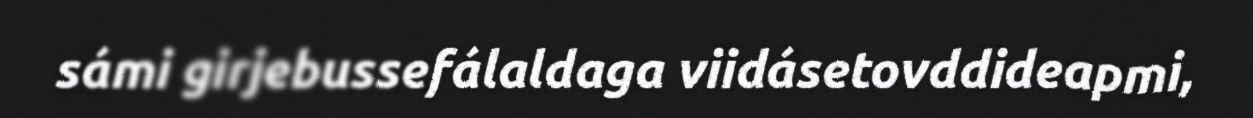
sámi girjebussefálaldaga viidásetovddideapmi,